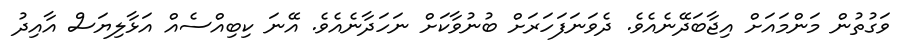
ވަގުތުން މަންމައަށް އިޖާބަދޭނެއެވެ. ދެވަނަފަހަރަށް ބުނުވާކަށް ނަހަދާނެއެވެ. އޭނަ ކިބިއްސެއް އަޅާލިޔަސް އާއިދު